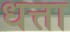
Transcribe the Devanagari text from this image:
धत्ता